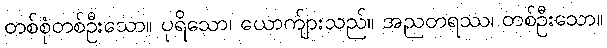
တစ်စုံတစ်ဦးသော။ ပုရိသော၊ ယောက်ျားသည်။ အညတရဿ၊ တစ်ဦးသော။